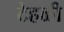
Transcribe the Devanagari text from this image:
टेहळी